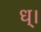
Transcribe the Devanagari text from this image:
ध्।